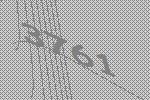
3761